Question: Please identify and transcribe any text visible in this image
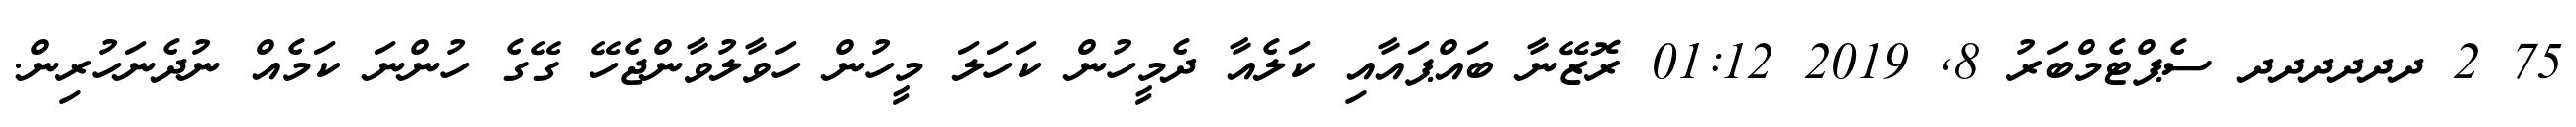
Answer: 75 2 ދދދދދދ ސެޕްޓެމްބަރު 8, 2019 01:12 ރޮޒޭނާ ބައްޕައާއި ކަލެއާ ދެމީހުން ކަހަލަ މީހުން ހަވާލުވާންޖެހޭ ގޭގެ ހުންނަ ކަމެއް ނުދެނަހުރިން.